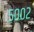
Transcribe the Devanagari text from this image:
५००२